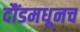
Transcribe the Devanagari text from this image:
दौंडमधूनच